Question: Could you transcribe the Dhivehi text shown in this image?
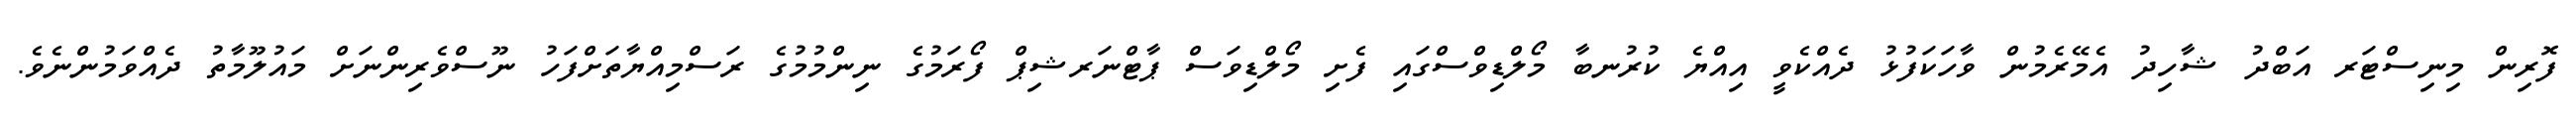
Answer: ފޮރިން މިނިސްޓަރ އަބްދު ޝާހިދު އެމޭރެމުން ވާހަކަފުޅު ދެއްކެވީ އިއްޔެ ކުރުނބާ މޯލްޑިވްސްގައި ފެށި މޯލްޑިވަސް ޕާޓްނަރޝިޕް ފޯރަމުގެ ނިންމުމުގެ ރަސްމިއްޔާތަށްފަހު ނޫސްވެރިންނަށް މައުލޫމާތު ދެއްވަމުންނެވެ.